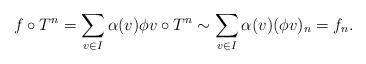
LaTeX: \begin{align*}f\circ T^n=\sum_{v\in I} \alpha(v)\phi v\circ T^n\sim\sum_{v\in I} \alpha(v)(\phi v)_n=f_n.\end{align*}